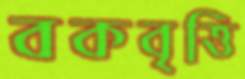
বকবৃত্তি